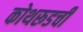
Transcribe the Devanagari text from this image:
कोथरूडची